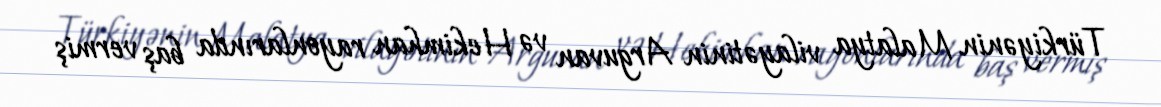
Türkiyənin Malatya vilayətinin Arguvan və Hekimhan rayonlarında baş vermiş